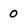
Character: O